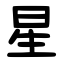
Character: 星